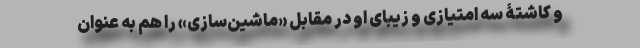
و کاشتۀ سه امتیازی و زیبای او در مقابل «ماشین‌سازی» را هم به عنوان